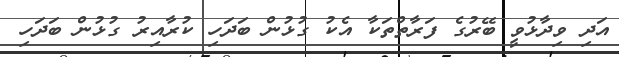
އަދި ވިދާޅުވީ ބޭރުގެ ފަރާތްތަކާ އެކު ގުޅުން ބަދަހި ކުރާއިރު ގުޅުން ބަދަހި